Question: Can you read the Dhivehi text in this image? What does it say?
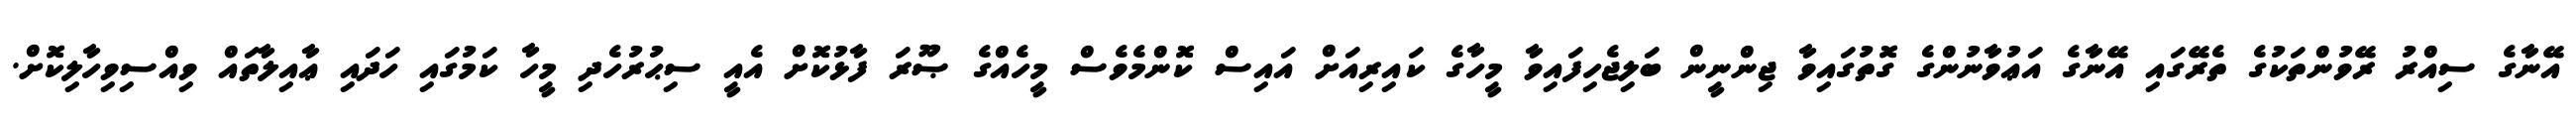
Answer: އޭނާގެ ސިއްރު ރޭވުންތަކުގެ ތެރޭގައި އޭނާގެ އަޢުވާނުންގެ ގޮތުގައިވާ ޖިންނީން ބަލިޖެހިފައިވާ މީހާގެ ކައިރިއަށް އައިސް ކޮންމެވެސް މީހެއްގެ ޞޫރަ ފާޅުކޮށް އެއީ ސިޙުރުހެދި މީހާ ކަމުގައި ހަދައި ޢާއިލާތައް ވިއްސިވިހާލިކޮށް.